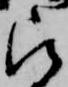
被